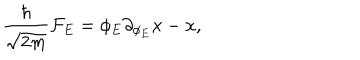
LaTeX: { \frac { \hbar } { \sqrt { 2 m } } } { \cal F } _ { E } = \phi _ { E } \partial _ { \phi _ { E } } x - x ,